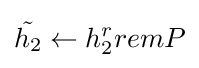
{\tilde {h_{2}}}\leftarrow h_{2}^{r}remP